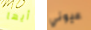
أيها عيوني